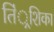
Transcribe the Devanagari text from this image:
तिं्रशिका